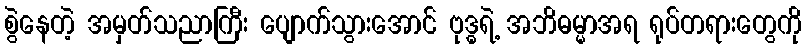
စွဲနေတဲ့ အမှတ်သညာကြီး ပျောက်သွားအောင် ဗုဒ္ဓရဲ့ အဘိဓမ္မာအရ ရုပ်တရားတွေကို